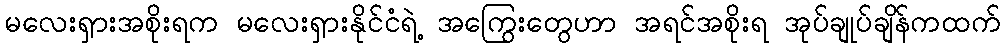
မလေးရှားအစိုးရက မလေးရှားနိုင်ငံရဲ့ အကြွေးတွေဟာ အရင်အစိုးရ အုပ်ချုပ်ချိန်ကထက်